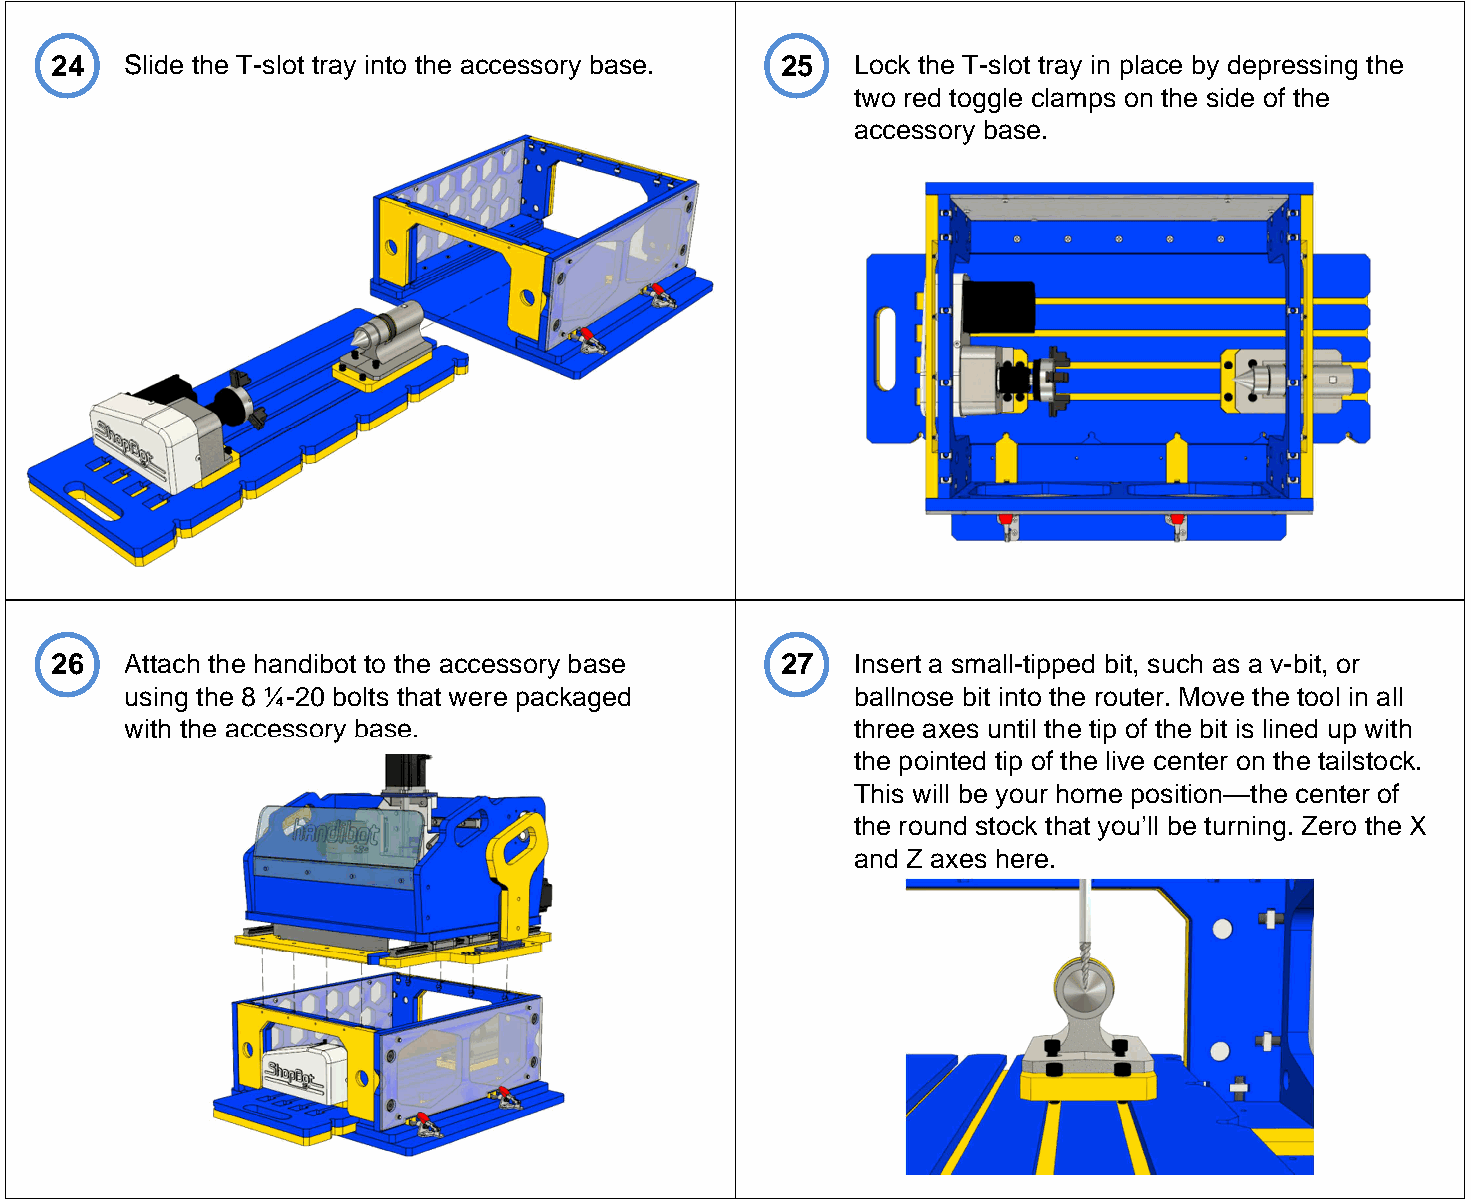
24   Slide the T-slot tray into the accessory base. 25 Lock the T-slot tray in place by depressing the
 two red toggle clamps on the side of the
 accessory base.
 26   Attach the handibot to the accessory base   27   Insert a small-tipped bit, such as a v-bit, or
 using the 8 ¼-20 bolts that were packaged        ballnose bit into the router. Move the tool in all
 with the accessory base.                         three axes until the tip of the bit is lined up with
 the pointed tip of the live center on the tailstock.
 This will be your home position—the center of
 the round stock that you’ll be turning. Zero the X
 and Z axes here.